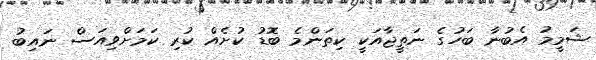
ޝަމީމު އެބުނާ ބަހުގެ ނަތީޖާއަކީ ކިތަންމެ ބޮޑު ކުށެއް ކުރި ކަމަށްވިއަސް ނައިބު